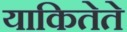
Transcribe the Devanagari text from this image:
याकितेते